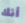
أنك